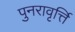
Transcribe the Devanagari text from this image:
पुनरावृर्त्ति